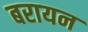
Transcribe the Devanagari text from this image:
बरायन